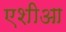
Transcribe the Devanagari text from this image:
एशीआ